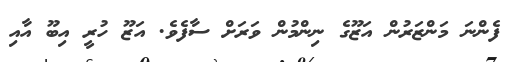
ފެންނަ މަންޒަރުން އަޒޫގެ ނިންމުން ވަރަށް ސާފެވެ. އަޒޫ ހުރީ އިބޫ އާއި